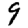
Digit: 9